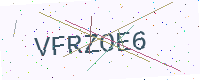
Text: VFRZOE6